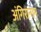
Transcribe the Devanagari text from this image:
अंगिरानाम